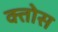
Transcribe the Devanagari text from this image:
क्तोस